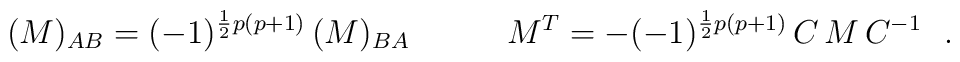
(M)_{AB}=(-1)^{\frac{1}{2}p(p+1)}\,(M)_{BA}\qquad\quad M^T=-(-1)^{\frac{1}{2}p(p+1)}\,C\,M\,C^{-1}\ \ .